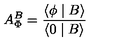
A _ { \Phi } ^ { B } = \frac { \langle \phi \mid B \rangle } { \langle 0 \mid B \rangle }